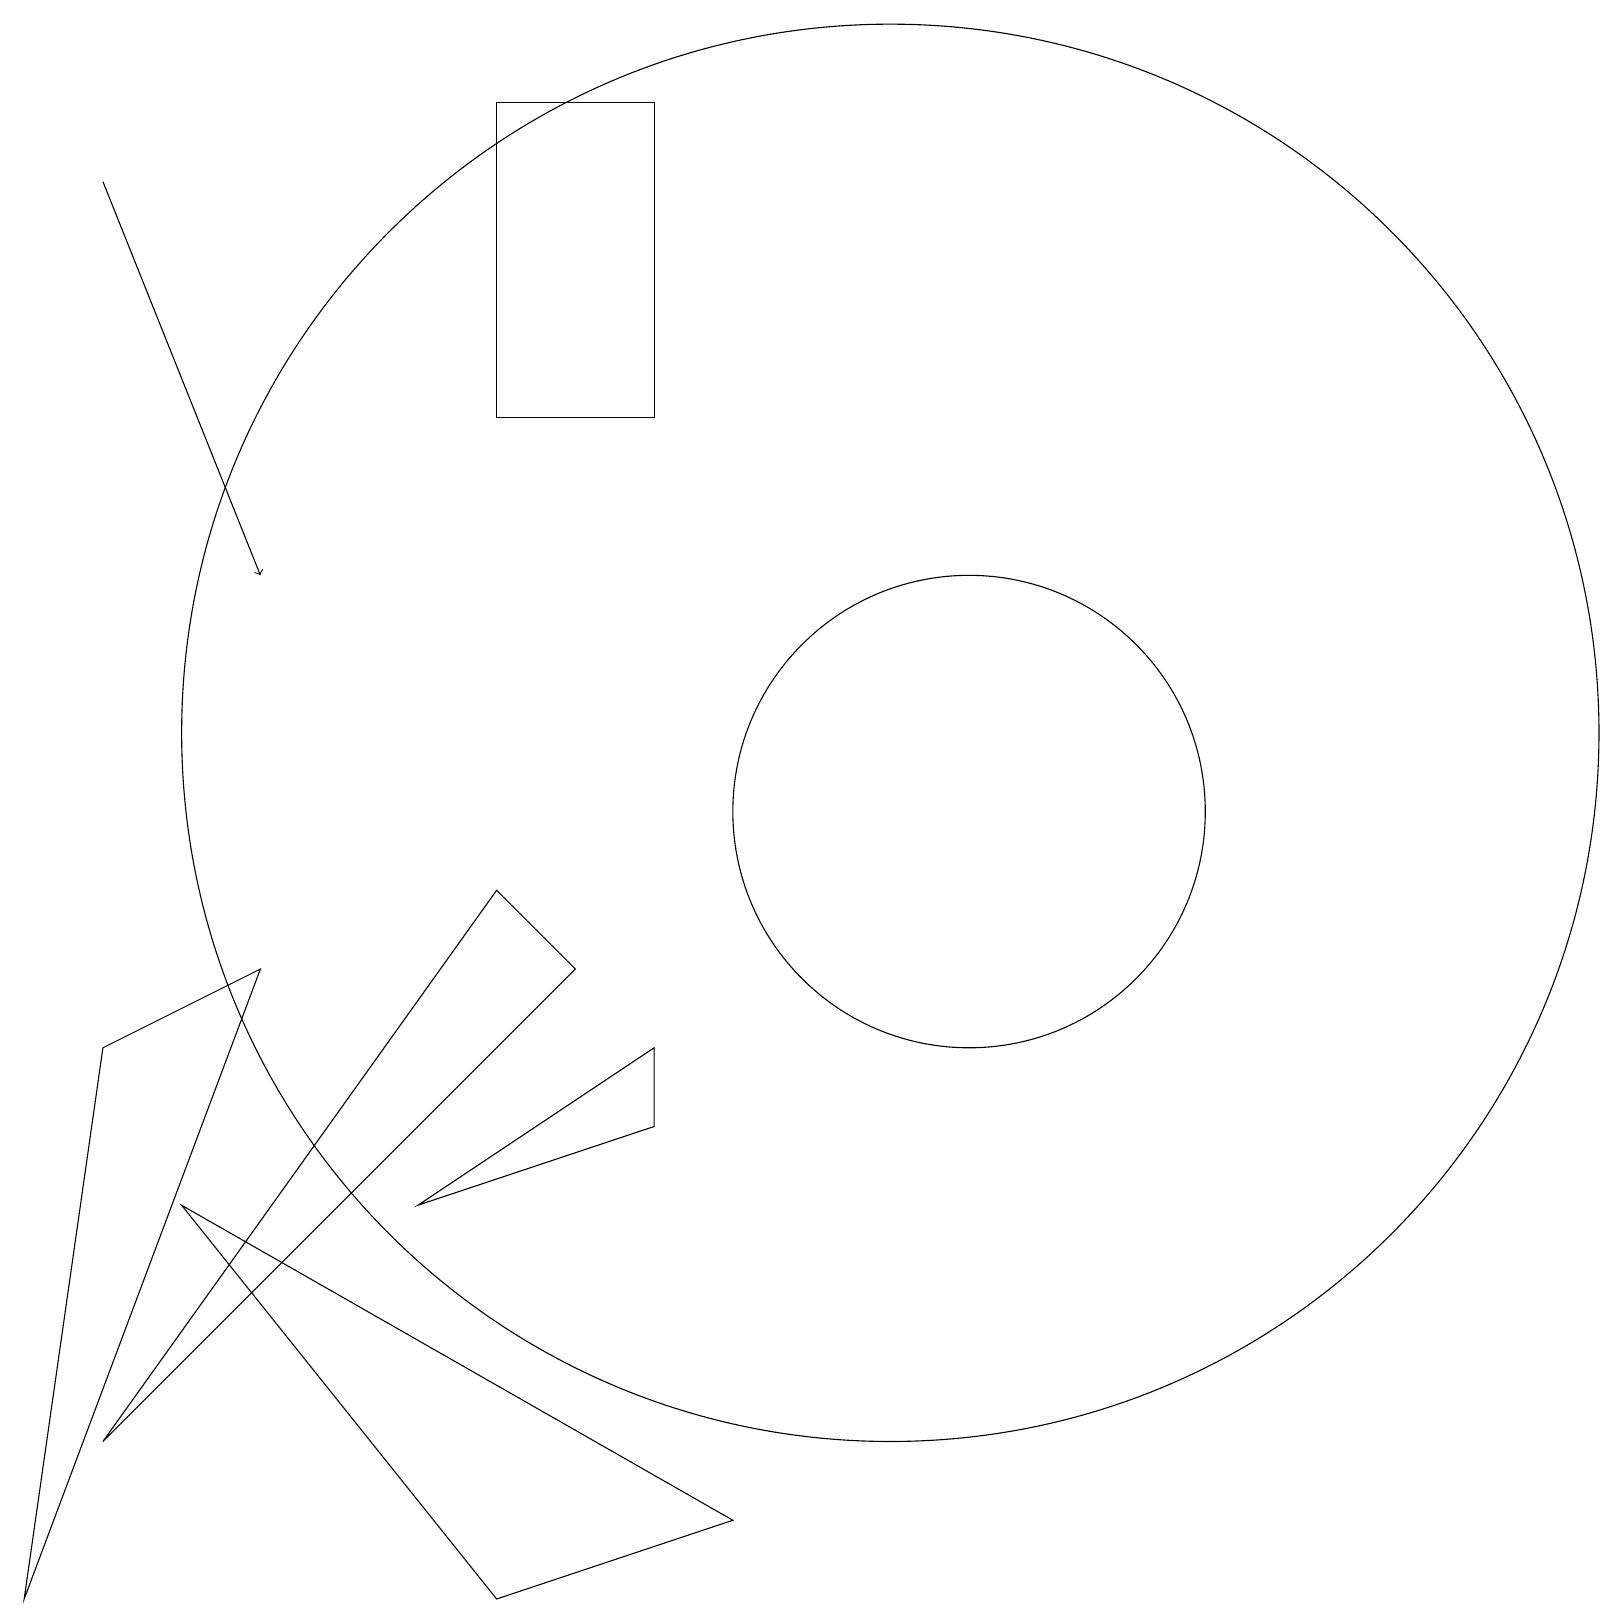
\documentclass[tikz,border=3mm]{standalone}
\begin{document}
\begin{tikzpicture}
\draw (6,0) -- (2,5) -- (9,1) -- cycle;
\draw (12,10) circle (3);
\draw (6,19) rectangle (8,15);
\draw[->] (1,18) -- (3,13);
\draw (11,11) circle (9);
\draw (6,9) -- (1,2) -- (7,8) -- cycle;
\draw (1,7) -- (0,0) -- (3,8) -- cycle;
\draw (8,7) -- (8,6) -- (5,5) -- cycle;
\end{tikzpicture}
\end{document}